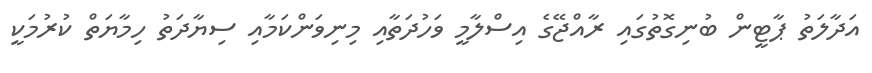
އަދާލަތު ޕާޓީން ބުނިގޮޮތުގައި ރާއްޖޭގެ އިސްލާމީ ވަހުދަތާއި މިނިވަންކަމާއި ސިޔާދަތު ހިމާޔަތް ކުރުމަކީ